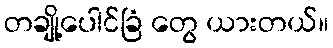
တချို့ပေါင်ခြံ တွေ ယားတယ်။